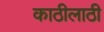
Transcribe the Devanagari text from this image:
काठीलाठी